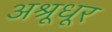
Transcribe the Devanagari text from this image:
अश्रूधूर